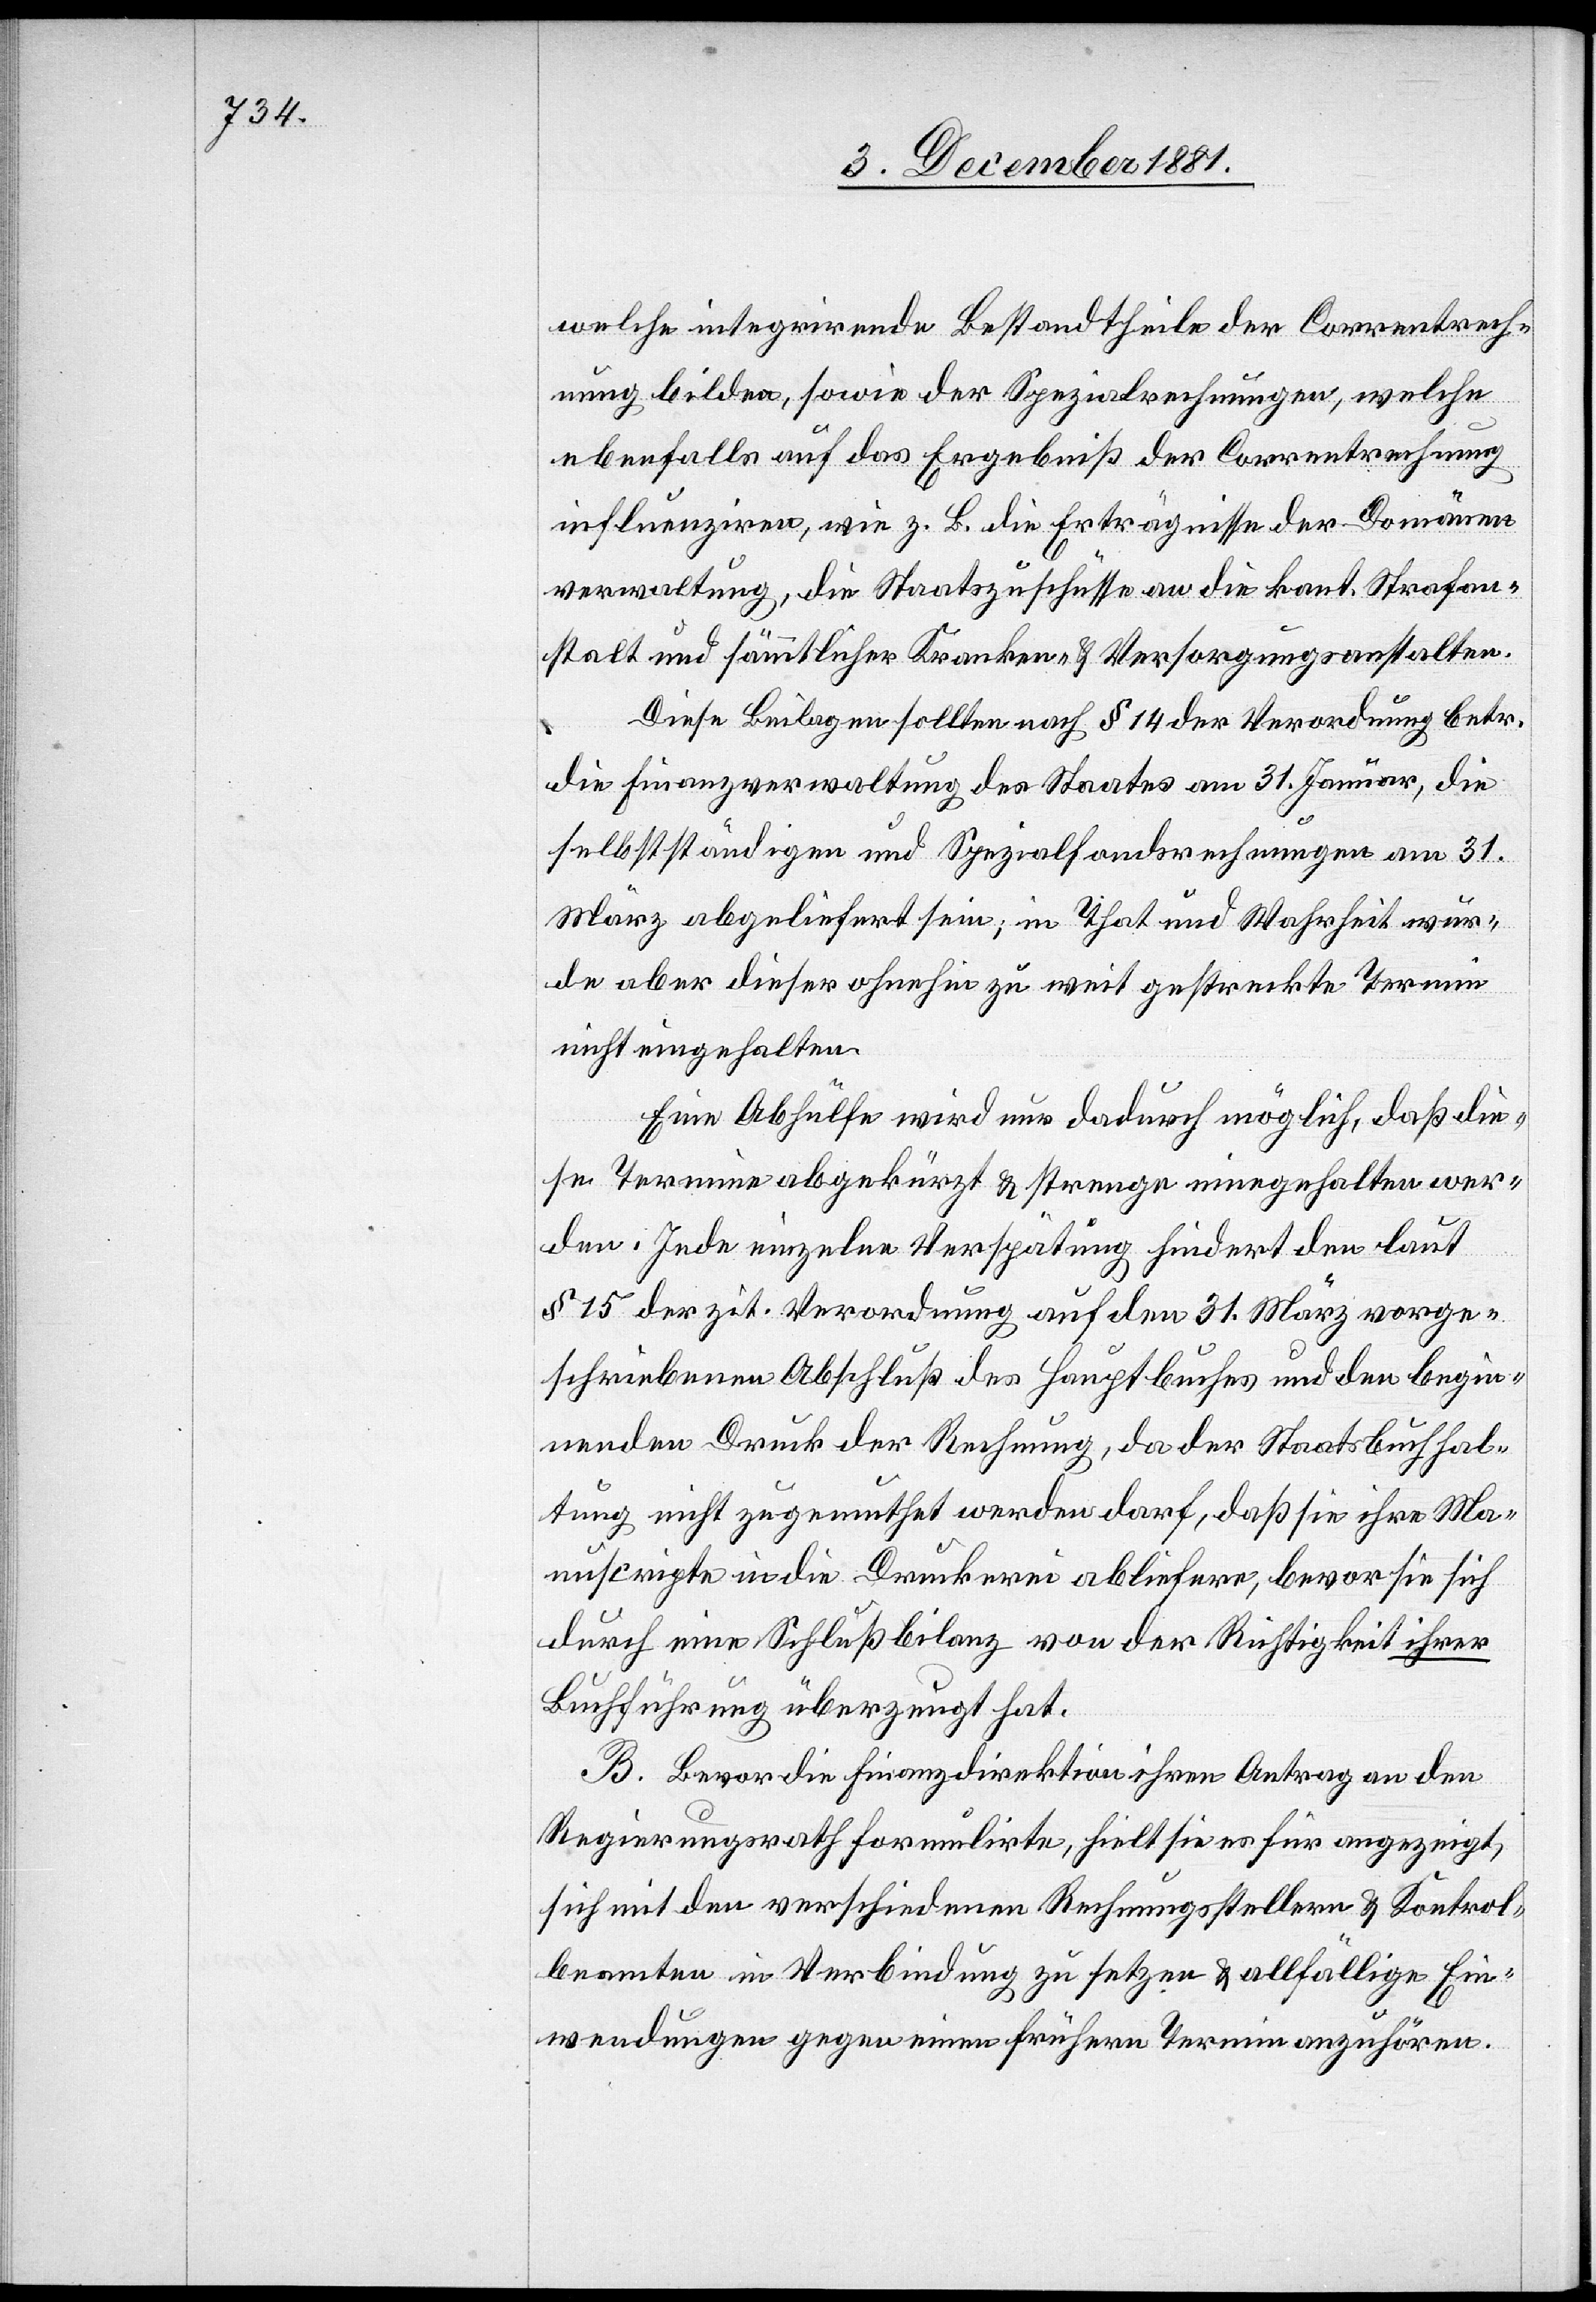
welche integrirende Bestandtheile der Correntrech¬
nung bilden, sowie der Spezialrechnungen, welche
ebenfalls auf das Ergebniß der Correntrechnung
influenziren, wie z. B. die Erträgnisse der Domänen¬
verwaltung, die Staatszuschüsse an die kant. Strafan¬
stalt und sämmtlicher Kranken- & Versorgungsanstalten.
Diese Beilagen sollten nach § 14 der Verordnung betr.
die Finanzverwaltung des Staates am 31. Januar, die
selbstständigen und Spezialfondsrechnungen am 31.
März abgeliefert sein; in That und Wahrheit wur¬
de aber dieser ohnehin zu weit gestreckte Termin
nicht eingehalten.
Eine Abhülfe wird nur dadurch möglich, daß die¬
se Termine abgekürzt & strenge eingehalten wer¬
den. Jede einzelne Verspätung hindert den laut
§ 15 der zit. Verordnung auf den 31. März vorge¬
schriebenen Abschluß des Hauptbuches und den begin¬
nenden Druck der Rechnung, da der Staatsbuchhal¬
tung nicht zugemuthet werden darf, daß sie ihre Ma¬
nuscripte in die Druckerei abliefere, bevor sie sich
durch eine Schlußbilanz von der Richtigkeit ihrer
Buchführung überzeugt hat.
B. Bevor die Finanzdirektion ihren Antrag an den
Regierungsrath formulirte, hielt sie es für angezeigt,
sich mit den verschiedenen Rechnungsstellern & Kontrol¬
beamten in Verbindung zu setzen & allfällige Ein¬
wendungen gegen einen frühern Termin anzuhören.